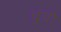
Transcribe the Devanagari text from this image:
चुंची